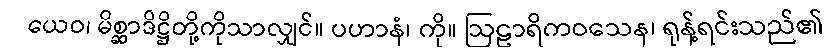
ယေဝ၊ မိစ္ဆာဒိဋ္ဌိတို့ကိုသာလျှင်။ ပဟာနံ၊ ကို။ ဩဠာရိကဝသေန၊ ရုန့်ရင်းသည်၏